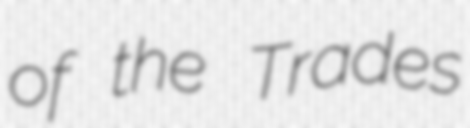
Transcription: of the Trades